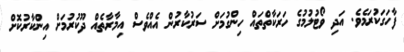
ފާހަގަކުރަމެވެ. އަދި ވޯޓުލުމުގެ ހަރަކާތްތައް ހިންގުމަށް ސަރުކާރުން އެއްވެސް އިމާރާތެއް ދޫކުރުމަށް އިންކާރުކޮށް